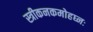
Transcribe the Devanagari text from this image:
स्त्रीकनकमोहघ्नः